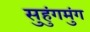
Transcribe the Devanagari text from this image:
सुहुंगमुंग